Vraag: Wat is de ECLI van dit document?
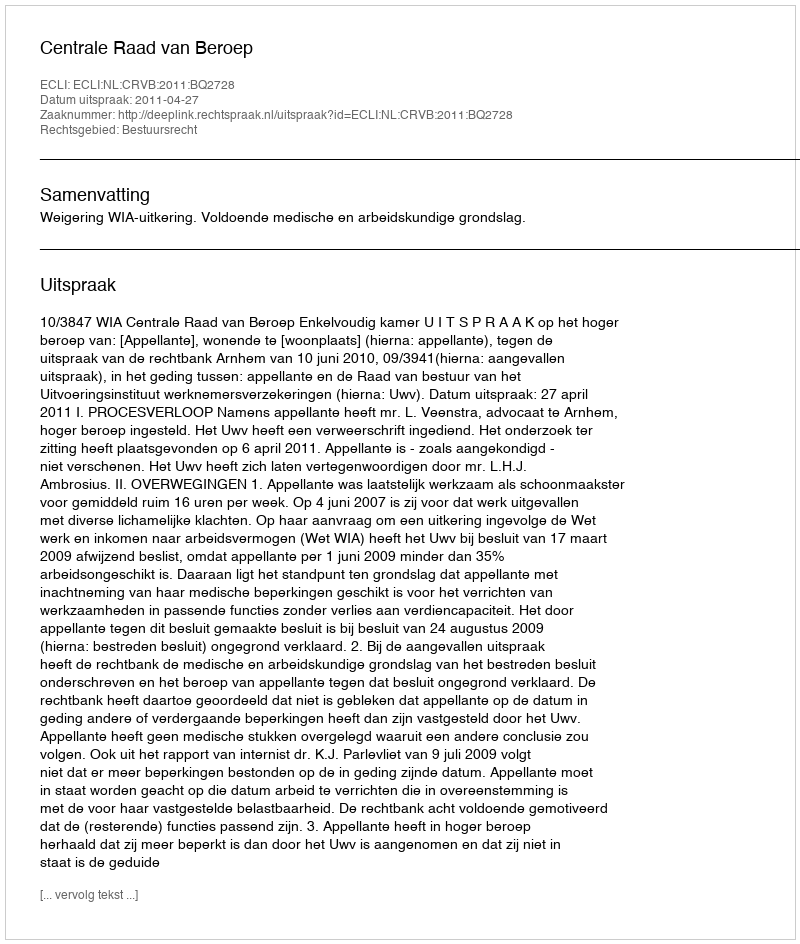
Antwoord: ECLI:NL:CRVB:2011:BQ2728